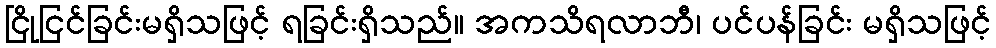
ငြိုငြင်ခြင်းမရှိသဖြင့် ရခြင်းရှိသည်။ အကသိရလာဘီ၊ ပင်ပန်ခြင်း မရှိသဖြင့်